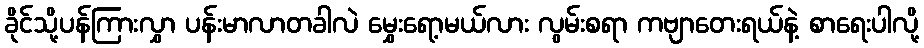
ခိုင်သို့ပန်ကြားလွှာ ပန်းမာလာတခါလဲ မွှေးရော့မယ်လား လွမ်းစရာ ကဗျာတေးရယ်နဲ့ စာရေးပါလို့